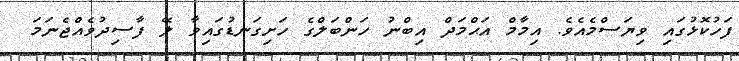
ފަހުކޮޅުގައި ވިޔަސްމެއެވެ. އިމާމް އަޙްމަދް އިބްނު ހަންބަލްގެ ހަށިގަނޑުގައިވާ ލޭ ފާސިދުވެއްޖެނަމަ